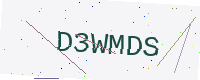
Text: D3WMDS